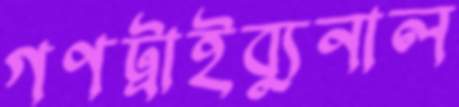
গণট্রাইব্যুনাল